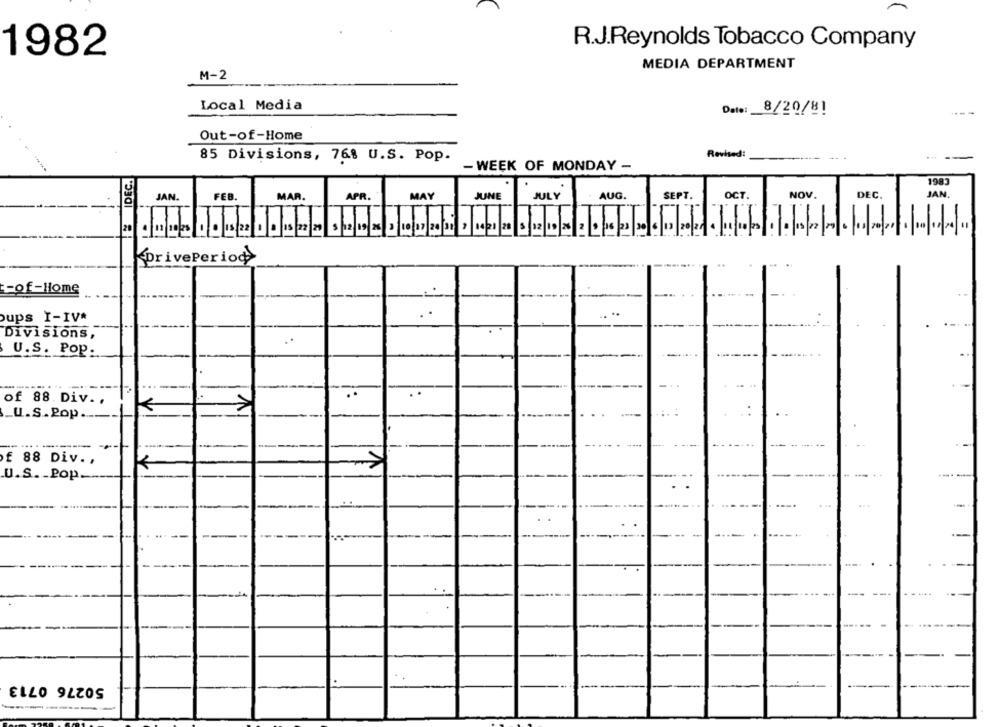
R.J.Reynolds Tobacco Company
1982
MEDIA DEPARTMENT
M-2
Local Media
Date:
8/20/81
Out-of-Home
85 Divisions, 768 U.S. Pop.
Revised:
- WEEK OF MONDAY -
EIDEC.
1983
JAN.
FEB.
MAR.
APR.
MAY
JUNE
JULY
AUG.
SEPT.
OCT.
NOV
DEC.
JAN.
20
DrivePeriod
-of-Home
oups I-IV*
Divisions,
U.S. Pop:
...
. .
of 88. Div ..
U.S.Pop .....
. :
£ 88 Div. ,
K
U.S. - Pop.
50276 0713